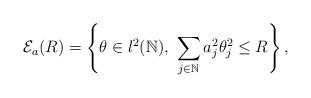
LaTeX: \begin{align*}\mathcal{E}_{a}(R) = \left\lbrace \theta\in l^2(\mathbb{N}), \ \sum_{j \in \mathbb{N}} a_j^2 \theta_j^2 \leq R \right\rbrace,\end{align*}